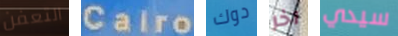
التعفن Cairo دوك آخر سيدي